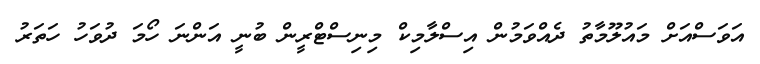
އަވަސްއަށް މައުލޫމާތު ދެއްވަމުން އިސްލާމިކް މިނިސްޓްރީން ބުނީ އަންނަ ހޯމަ ދުވަހު ހަތަރު